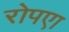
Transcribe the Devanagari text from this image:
रोपएा